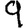
Digit: 9